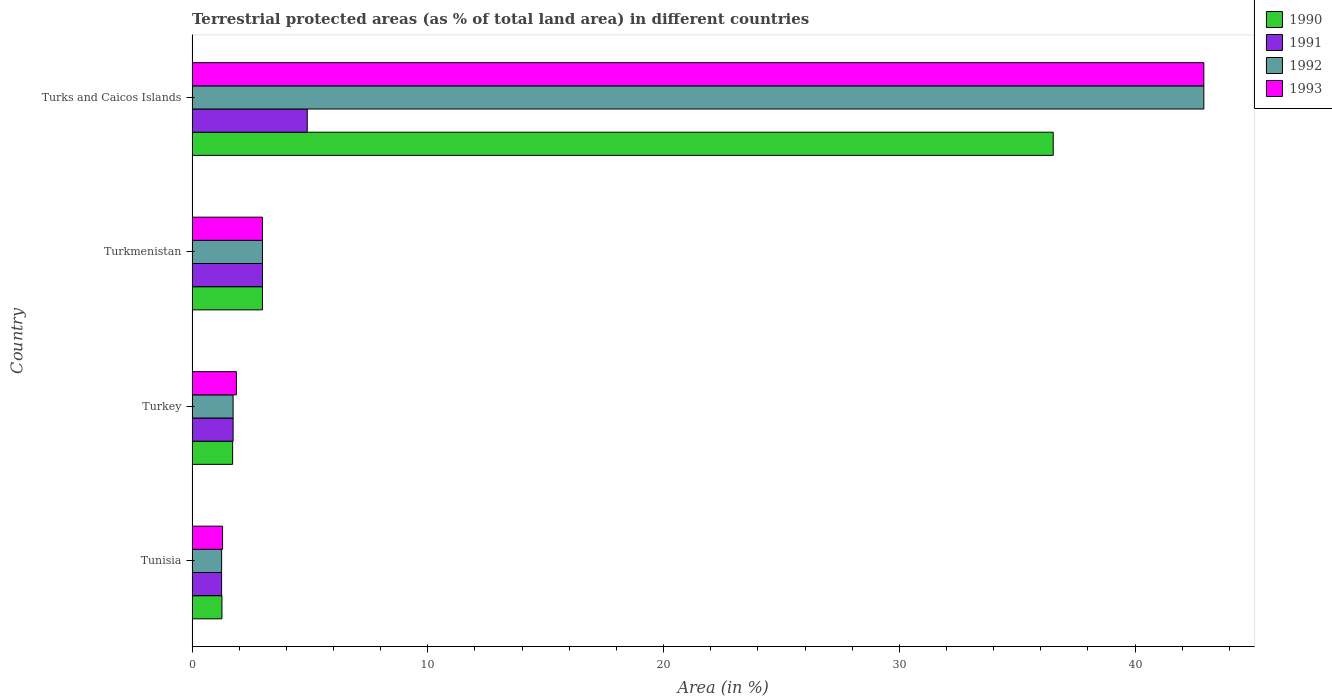
| Country | 1990 | 1991 | 1992 | 1993 |
 | --- | --- | --- | --- | --- |
 | Tunisia | 1.27 | 1.25 | 1.25 | 1.29 |
 | Turkey | 1.72 | 1.74 | 1.74 | 1.88 |
 | Turkmenistan | 2.99 | 2.99 | 2.99 | 2.99 |
 | Turks and Caicos Islands | 36.5 | 4.89 | 42.9 | 42.9 |